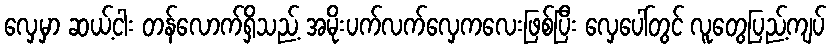
လှေမှာ ဆယ့်ငါး တန်လောက်ရှိသည့် အမိုးပက်လက်လှေကလေးဖြစ်ပြီး လှေပေါ်တွင် လူတွေပြည့်ကျပ်